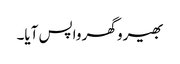
بھیرو گھر واپس آیا۔